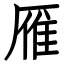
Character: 雁